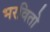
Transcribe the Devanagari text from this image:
भरवितो